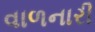
વાળનારી